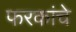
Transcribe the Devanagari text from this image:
फरकांचे